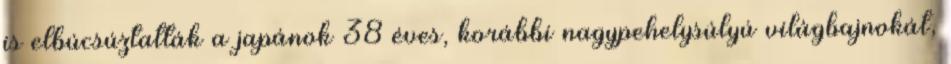
is elbúcsúztatták a japánok 38 éves, korábbi nagypehelysúlyú világbajnokát,